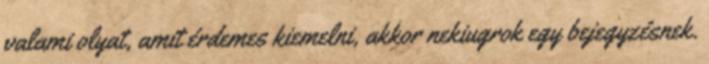
valami olyat, amit érdemes kiemelni, akkor nekiugrok egy bejegyzésnek.